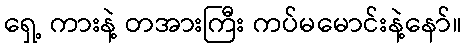
ရှေ့ ကားနဲ့ တအားကြီး ကပ်မမောင်းနဲ့နော်။